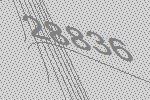
28836